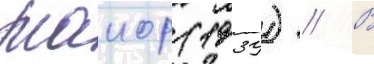
Маиор (1939) // В